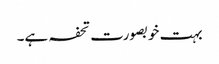
بہت خوبصورت تحفہ ہے۔